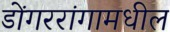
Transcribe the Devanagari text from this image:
डोंगररांगामधील